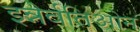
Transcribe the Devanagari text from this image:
इन्नेर्वतिओन